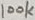
Text: 100K